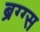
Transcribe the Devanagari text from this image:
ब्रग्ग्स